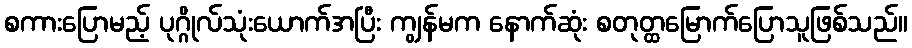
စကားပြောမည့် ပုဂ္ဂိုလ်သုံးယောက်အပြီး ကျွန်မက နောက်ဆုံး စတုတ္ထမြောက်ပြောသူဖြစ်သည်။